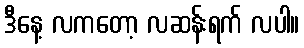
ဒီနေ့ လကတော့ လဆန်းရက် လပါ။